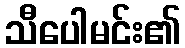
သီပေါမင်း၏